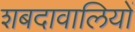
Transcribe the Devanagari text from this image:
शबदावालियों